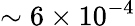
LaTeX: \sim 6\times 10^{-4}